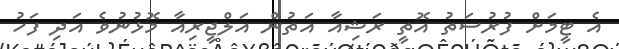
އެ ޓީމަށް ފުރުސަތު އޮތީ ރަޝިއާ އަތުން އަލްޖީރިއާ މޮޅުނުވެ އަދި ފަހު